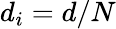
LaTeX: d_{i}=d/N